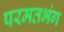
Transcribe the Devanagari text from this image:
परमतभंग